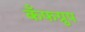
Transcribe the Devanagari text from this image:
कँफग्रुप